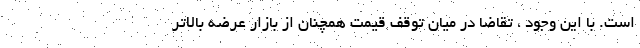
است. با این وجود ، تقاضا در میان توقف قیمت همچنان از بازار عرضه بالاتر